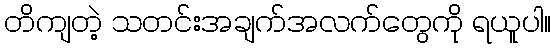
တိကျတဲ့ သတင်းအချက်အလက်တွေကို ရယူပါ။